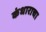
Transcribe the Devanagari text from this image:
कंधाराचा